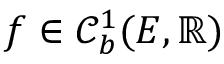
f \in \mathcal { C } _ { b } ^ { 1 } ( E , \mathbb { R } )